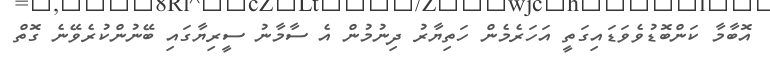
އޮބާމާ ކަންބޮޑުވެވަޑައިގަތީ އަހަރެމެން ހަތިޔާރު ދިނުމުން އެ ސާމާނު ސީރިޔާގައި ބޭނުންކުރެވޭނެ ގޮތް